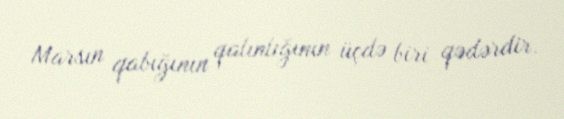
Marsın qabığının qalınlığının üçdə biri qədərdir.